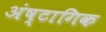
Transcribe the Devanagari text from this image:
अंष्टागिक